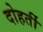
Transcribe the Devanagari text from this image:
दोहर्ती